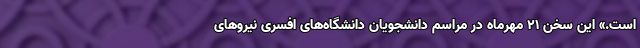
است.» این سخن ۲۱ مهرماه در مراسم دانشجویان دانشگاه‌های افسری نیروهای